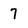
Character: 7